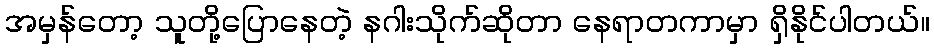
အမှန်တော့ သူတို့ပြောနေတဲ့ နဂါးသိုက်ဆိုတာ နေရာတကာမှာ ရှိနိုင်ပါတယ်။